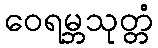
ဝေရမ္ဘသုတ္တံ